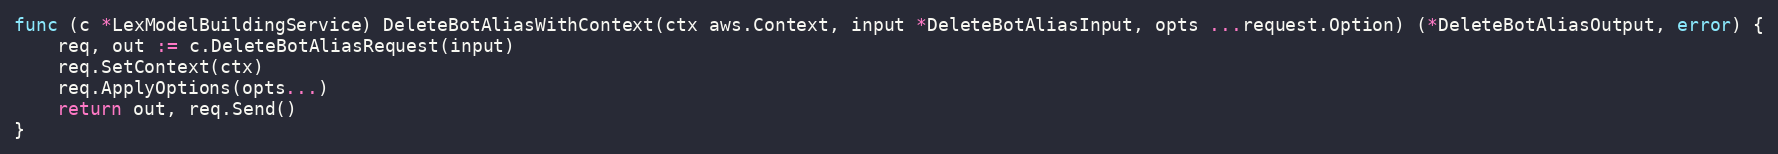
Language: Go
func (c *LexModelBuildingService) DeleteBotAliasWithContext(ctx aws.Context, input *DeleteBotAliasInput, opts ...request.Option) (*DeleteBotAliasOutput, error) {
	req, out := c.DeleteBotAliasRequest(input)
	req.SetContext(ctx)
	req.ApplyOptions(opts...)
	return out, req.Send()
}